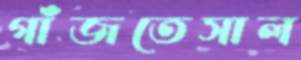
গাঁজতেসাল